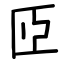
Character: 𦣝